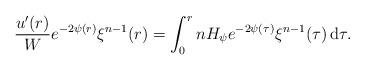
LaTeX: \begin{align*}\frac{u'(r)}{W} e^{-2\psi(r)}\xi^{n-1}(r) = \int_0^r nH_\psi e^{-2\psi(\tau)} \xi^{n-1}(\tau)\,{\rm d}\tau.\end{align*}